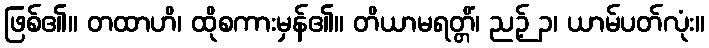
ဖြစ်၏။ တထာဟိ၊ ထိုစကားမှန်၏။ တိယာမရတ္တိံ၊ ညဉ့် ၃၊ ယာမ်ပတ်လုံး။